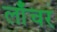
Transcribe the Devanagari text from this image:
लाँचर